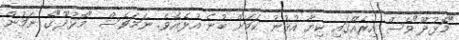
"މޮޅުދޫ"ވެސް އިރެއްގައި ކިޔާ އުޅުނު ކަމަށް ބުނެ އުޅެއެވެ. ނަމަވެސް "މޮޅުދޫ"ގެ ނަމުން